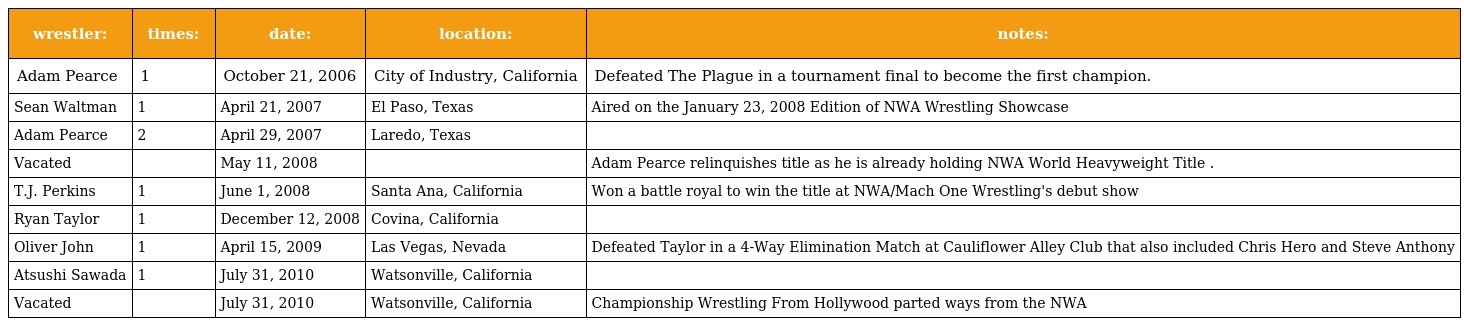
| wrestler: | times: | date: | location: | notes: |
 | --- | --- | --- | --- | --- |
 | Adam Pearce | 1 | October 21, 2006 | City of Industry, California | Defeated The Plague in a tournament final to become the first champion. |
 | Sean Waltman | 1 | April 21, 2007 | El Paso, Texas | Aired on the January 23, 2008 Edition of NWA Wrestling Showcase |
 | Adam Pearce | 2 | April 29, 2007 | Laredo, Texas |  |
 | Vacated |  | May 11, 2008 |  | Adam Pearce relinquishes title as he is already holding NWA World Heavyweight Title . |
 | T.J. Perkins | 1 | June 1, 2008 | Santa Ana, California | Won a battle royal to win the title at NWA/Mach One Wrestling's debut show |
 | Ryan Taylor | 1 | December 12, 2008 | Covina, California |  |
 | Oliver John | 1 | April 15, 2009 | Las Vegas, Nevada | Defeated Taylor in a 4-Way Elimination Match at Cauliflower Alley Club that also included Chris Hero and Steve Anthony |
 | Atsushi Sawada | 1 | July 31, 2010 | Watsonville, California |  |
 | Vacated |  | July 31, 2010 | Watsonville, California | Championship Wrestling From Hollywood parted ways from the NWA |